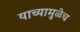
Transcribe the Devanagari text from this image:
याच्यामुळेच